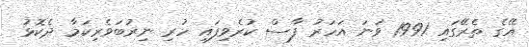
އޭގެ ތެރޭގައި 1991 ވަނަ އަހަރު ފާސް ކުރެވިފައި ހުރި ނިރުބަވެރިކަމާ ދެކޮޅު